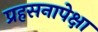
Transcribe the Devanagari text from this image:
प्रहसनापेक्षा